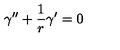
\gamma ^ { \prime \prime } + \frac { 1 } { r } \gamma ^ { \prime } = 0